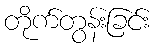
တိုက်တွန်းခြင်း